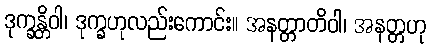
ဒုက္ခန္တိဝါ၊ ဒုက္ခဟုလည်းကောင်း။ အနတ္တာတိဝါ၊ အနတ္တဟု